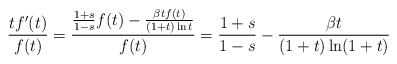
\begin{align*}\frac{tf'(t)}{f(t)}=\frac{\frac{1+s}{1-s}f(t)-\frac{\beta t f(t)}{(1+t)\ln t}}{f(t)}=\frac{1+s}{1-s}-\frac{\beta t}{(1+t)\ln(1+t)}\end{align*}